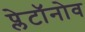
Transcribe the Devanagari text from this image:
प्लेटॉनोव